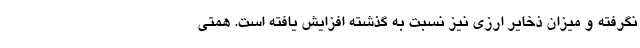
نگرفته و میزان ذخایر ارزی نیز نسبت به گذشته افزایش یافته است. همتی